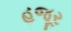
હજૂર